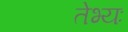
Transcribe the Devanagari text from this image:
तेभ्यः